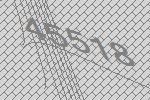
45518